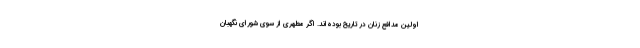
اولین مدافع زنان در تاریخ بوده‌اند. اگر مطهری از سوی شورای نگهبان